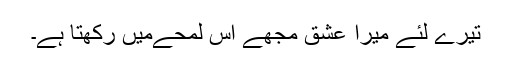
تیرے لئے میرا عشق مجھے اس لمحےمیں رکھتا ہے۔